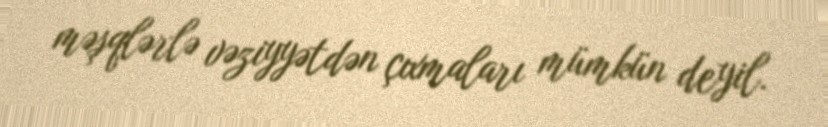
məşqlərlə vəziyyətdən çıxmaları mümkün deyil.